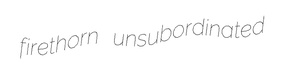
firethorn unsubordinated